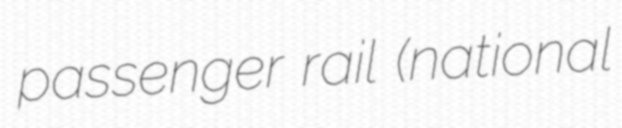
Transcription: passenger rail (national